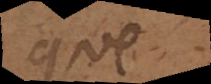
que